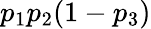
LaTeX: p_{1}p_{2}(1-p_{3})